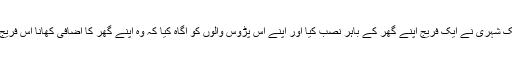
2014 میں سماجی ذراءع ابلاغ کے توسط سے یہ اطلاع دنیا جہان تک پہنچی کے سعودی عرب کے ایک شہری نے ایک فریج اپنے گھر کے باہر نصب کیا اور اپنے آس پڑوس والوں کو آگاہ کیا کہ وہ اپنے گھر کا اضافی کھانا اس فریج میں رکھدیں تاکہ ضرورت مند لوگ اپنی ضرورت بغیر کسی کے سامنے ہاتھ پھیلائے پوری کرسکیں ۔